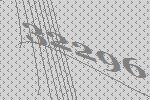
32296